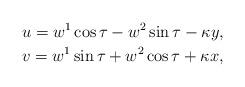
LaTeX: \begin{gather*}u=w^1\cos\tau-w^2\sin\tau-\kappa y, \\v=w^1\sin\tau+w^2\cos\tau+\kappa x,\end{gather*}